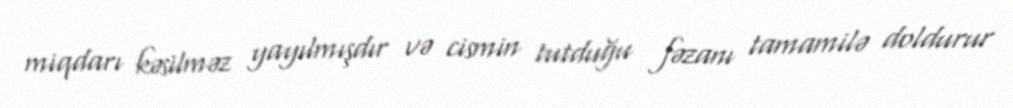
miqdarı kəsilməz yayılmışdır və cismin tutduğu fəzanı tamamilə doldurur